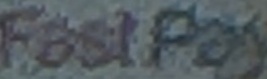
FastPay